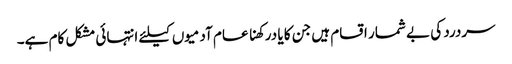
سردرد کی بے شمار اقسام ہیں جن کا یا درکھنا عام آدمیوں کیلئے انتہائی مشکل کام ہے۔